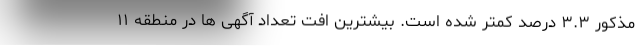
مذکور ۳.۳ درصد کمتر شده است. بیشترین افت تعداد آگهی ها در منطقه ۱۱